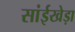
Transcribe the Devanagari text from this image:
सांईखेड़ा